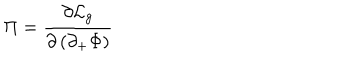
LaTeX: \Pi = { \frac { \partial { \cal L } _ { g } } { \partial \left( \partial _ { + } \Phi \right) } }